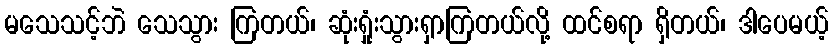
မသေသင့်ဘဲ သေသွား ကြတယ်၊ ဆုံးရှုံးသွားရှာကြတယ်လို့ ထင်စရာ ရှိတယ်၊ ဒါပေမယ့်